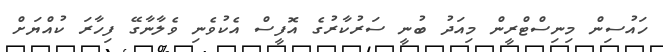
ހައުސިން މިނިސްޓްރީން މިއަދު ބުނީ ސަރުކާރުގެ އޮފީސް އެކުވެނި ވެލާނާގޭ ފިހާރަ ކުއްޔަށް